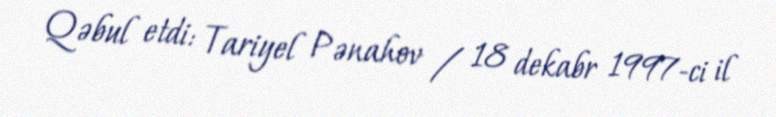
Qəbul etdi: Tariyel Pənahov / 18 dekabr 1997-ci il